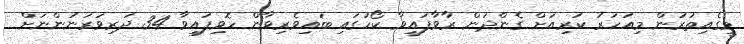
މީގެއިތުރުން މިއަހަރު ކުރިއަށް ގެންދަން ރާވާފައިވާ ކޯހުގައި ބައިވެރިވާން ހޮވިފައިވާ 34 ދަރިވަރަނުންނަށް